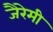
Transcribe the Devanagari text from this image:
जैरेमी